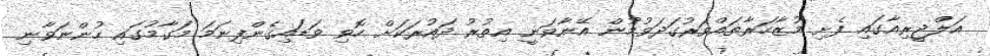
އަލްޖީރިއާގައި ފެށި މުޒާހަރާތައްވަރުގަދަވުމުން އޭނާވަނީ އިތުރު ދައުރަކަށް ހޮވި ވަޑައިގެންފިނަމަ މަގާމުގައި ހުންނަވާނި